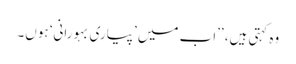
وہ کہتی ہیں، ’’اب میں ’پیاری بہورانی‘ ہوں۔